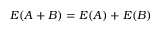
E ( A + B ) = E ( A ) + E ( B )